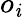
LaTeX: o_{\mathit{i}}